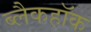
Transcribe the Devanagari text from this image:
ब्लैकहॉक